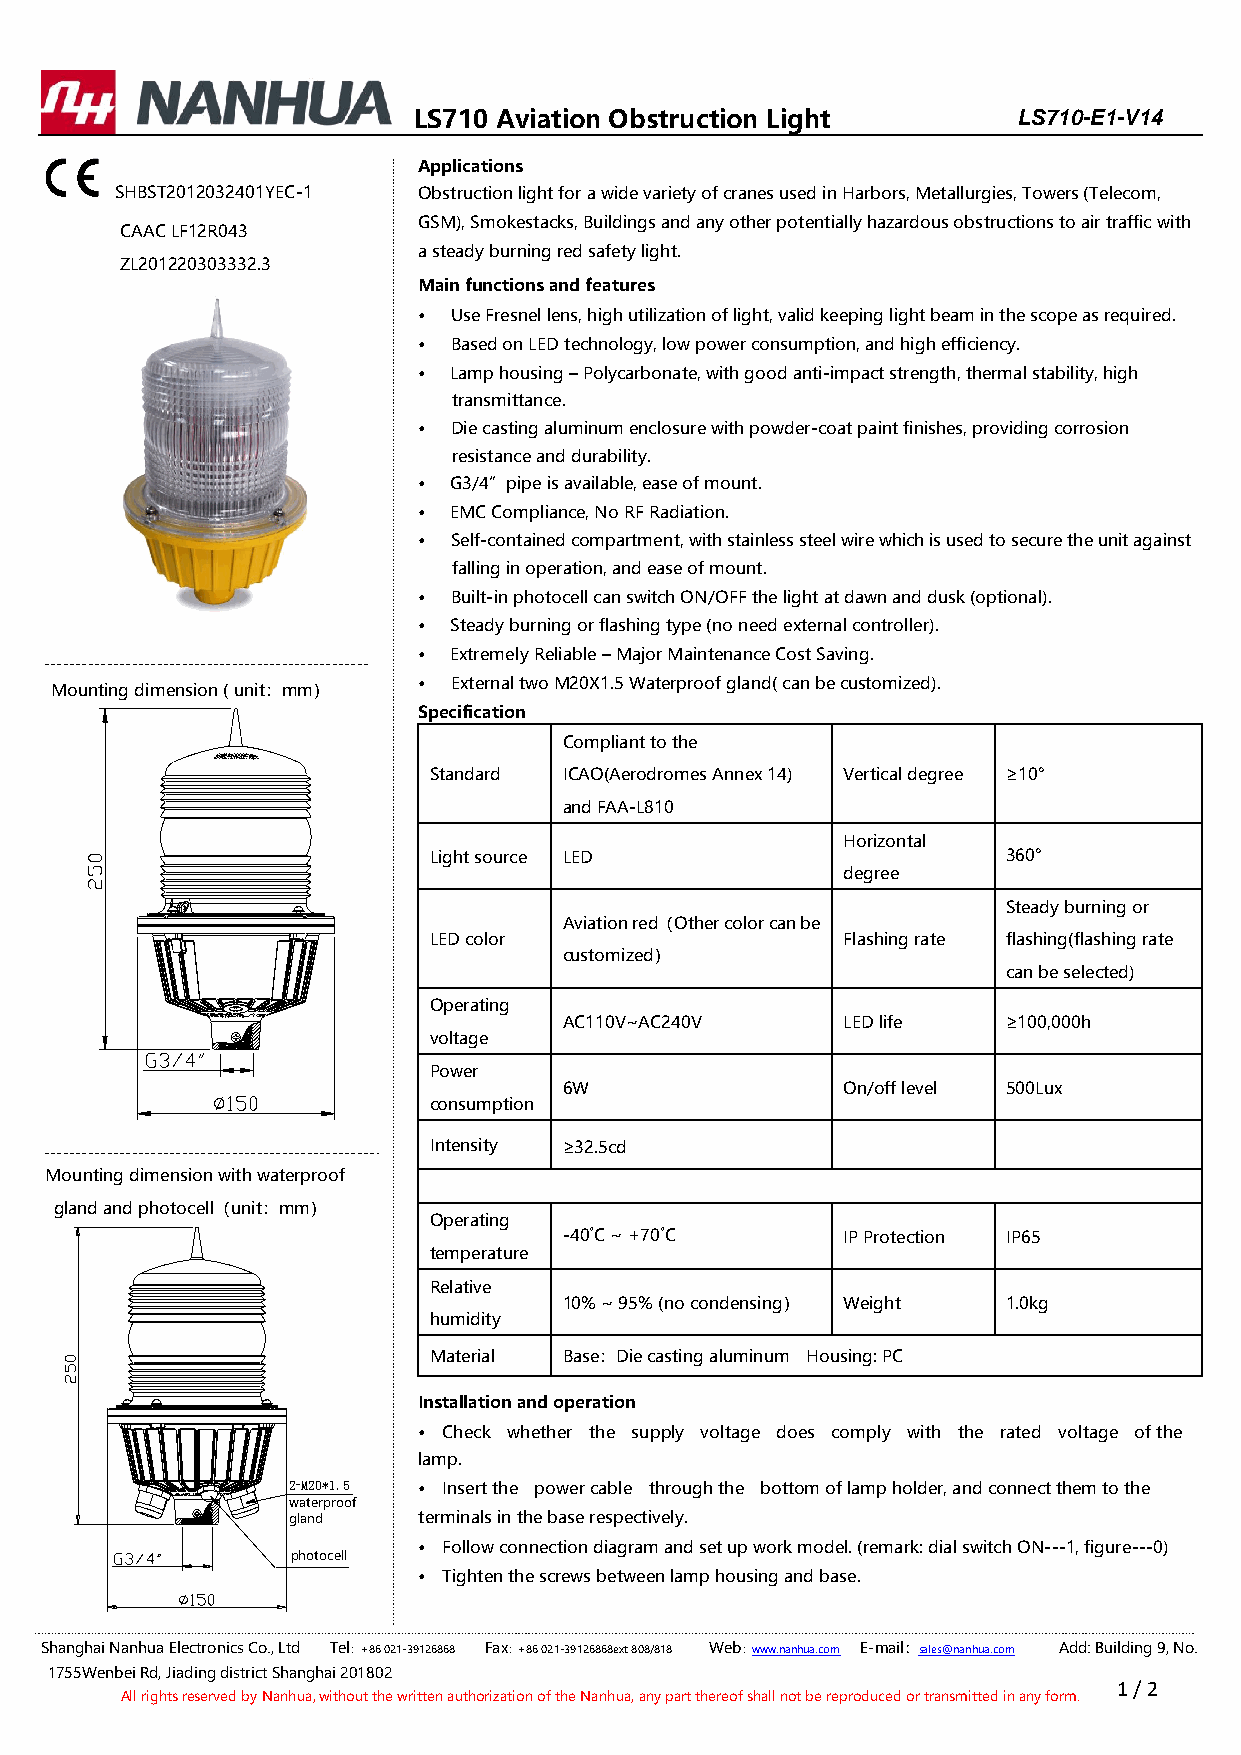
LS710 Aviation Obstruction Light        LS710-E1-V14
 Applications
 SHBST2012032401YEC-1 Obstruction light for a wide variety of cranes used in Harbors, Metallurgies, Towers (Telecom,
 GSM), Smokestacks, Buildings and any other potentially hazardous obstructions to air traffic with
 CAAC LF12R043
 a ste ady burning red safety light.
 ZL201220303332.3
 Mai n functions and features
 • Use Fresnel lens, high utilization of light, valid keeping light beam in the scope as required.
 • Based on LED technology, low power consumption, and high efficiency.
 • Lamp housing – Polycarbonate, with good anti-impact strength, thermal stability, high
 transmittance.
 • Die casting aluminum enclosure with powder-coat paint finishes, providing corrosion
 resistance and durability.
 • G3/4”pipe is available, ease of mount.
 • EMC Compliance, No RF Radiation.
 • Self-contained compartment, with stainless steel wire which is used to secure the unit against
 falling in operation, and ease of mount.
 • Built-in photocell can switch ON/OFF the light at dawn and dusk (optional).
 • Steady burning or flashing type (no need external controller).
 • Extremely Reliable – Major Maintenance Cost Saving.
 • External two M20X1.5 Waterproof gland( can be customized).
 Mounting dimension ( unit：mm）
 Specification
 Compliant to the
 Sta ndard ICAO(Aerodromes Annex 14) Vertical degree ≥10°
 and FAA-L810
 Horizontal
 Light source LED                       360°
 degree
 Steady burning or
 Aviation red（Other color can be
 LED color                   Flashing rate flashing(flashing rate
 customized）
 can be selected)
 Operating
 AC110V~AC240V      LED life   ≥100,000h
 voltage
 Power
 6W                 On/off level 500Lux
 consumption
 Intensity ≥32.5cd
 Mounting dimension with waterproof
 gland and photocell（unit：mm）
 Op erating
 -40˚C ~ +70˚C      IP Protection IP65
 tem perature
 Re lative
 10% ~ 95% (no condensing） Weight 1.0kg
 hu midity
 Ma terial Base：Die casting aluminum Housing: PC
 Installation and operation
 • Check whether the supply voltage does comply with the rated voltage of the
 lamp.
 2-M20*1.5 • In sert the power cable through the bottom of lamp holder, and connect them to the
 waterproof
 gland    term inals in the base respectively.
 • F ollow connection diagram and set up work model. (remark: dial switch ON---1, figure---0)
 photocell
 • T ighten the screws between lamp housing and base.
 Shanghai Nanhua Electronics Co., Ltd Tel：+86 021-39126868 Fax：+86 021-39126868ext 808/818 Web：www.nanhua.com E-mail：sales@nanhua.com Add: Building 9, No.
 1755Wenbei Rd, Jiading district Shanghai 201802
 1 / 2
 All rights reserved by Nanhua, without the written authorization of the Nanhua, any part thereof shall not be reproduced or transmitted in any form.